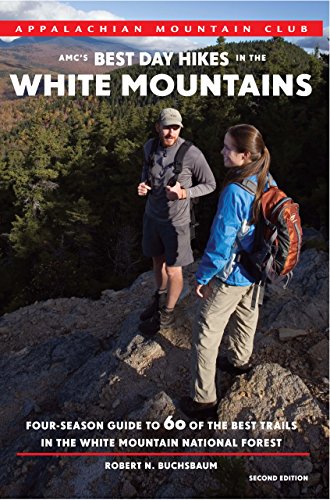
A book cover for AMC's Best Day Hikes in the White Mountains: Four-Season Guide To 60 Of The Best Trails In The White Mountain National Forest; Robert Buchsbaum; Sports & Outdoors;